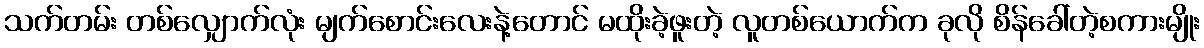
သက်တမ်း တစ်လျှောက်လုံး မျက်စောင်းလေးနဲ့တောင် မထိုးခဲ့ဖူးတဲ့ လူတစ်ယောက်က ခုလို စိန်ခေါ်တဲ့စကားမျိုး